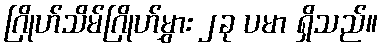
ဂြိုဟ်သိမ်ဂြိုဟ်မွှား ၂ခု ပမာ ရှိသည်။